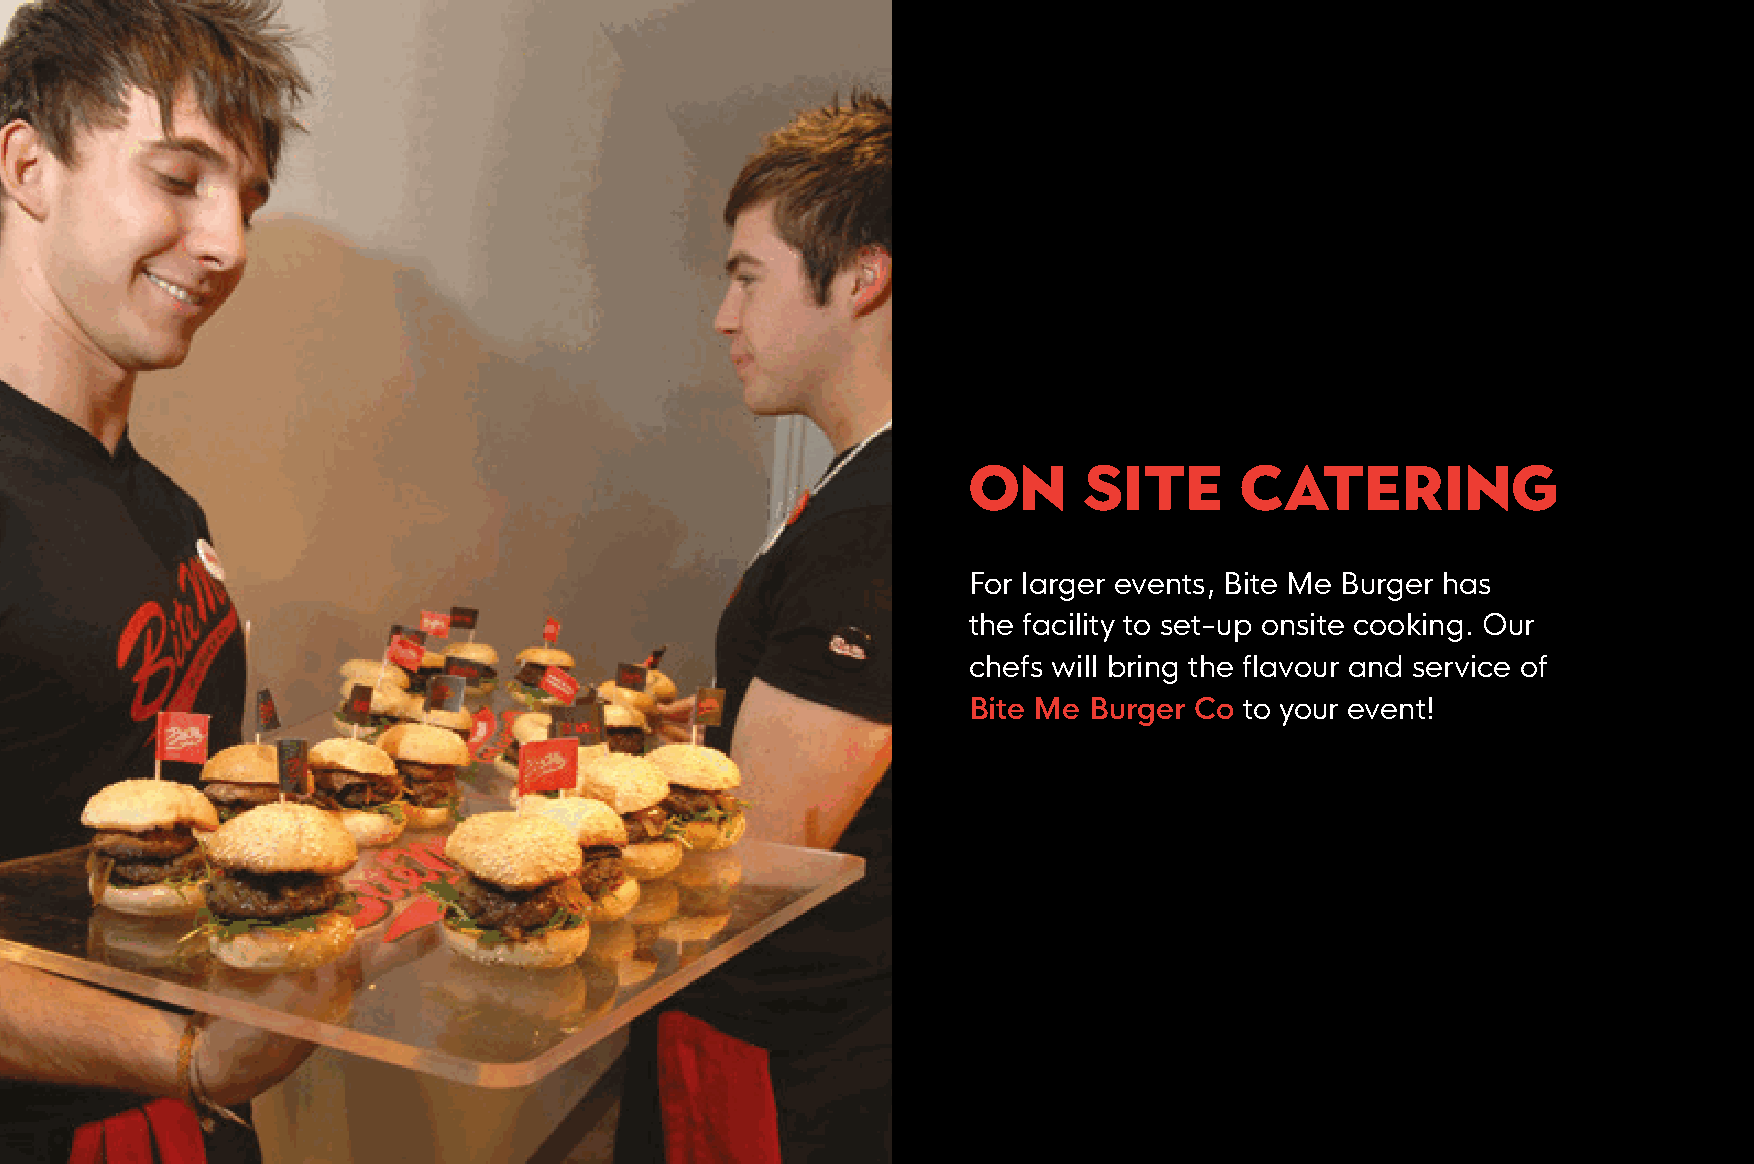
ON      SITE      Catering
 For larger events, Bite Me Burger has
 the facility to set-up onsite cooking. Our
 chefs will bring the flavour and service of
 Bite Me Burger Co to your event!